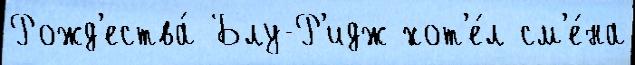
Рожд'ества́ Блу-Р'идж хот'е́л см'е́на